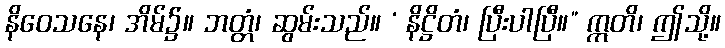
နိဝေသနေ၊ အိမ်၌။ ဘတ္တံ၊ ဆွမ်းသည်။ ‘ နိဋ္ဌိတံ၊ ပြီးပါပြီ။” ဣတိ၊ ဤသို့။